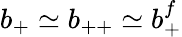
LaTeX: b_{+}\simeq b_{++}\simeq b_{+}^{f}